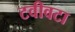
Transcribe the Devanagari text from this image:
टवीवटा